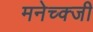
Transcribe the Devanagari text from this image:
मनेच्क्जी